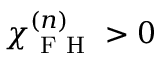
\chi _ { \mathrm { ~ F ~ H ~ } } ^ { ( n ) } > 0